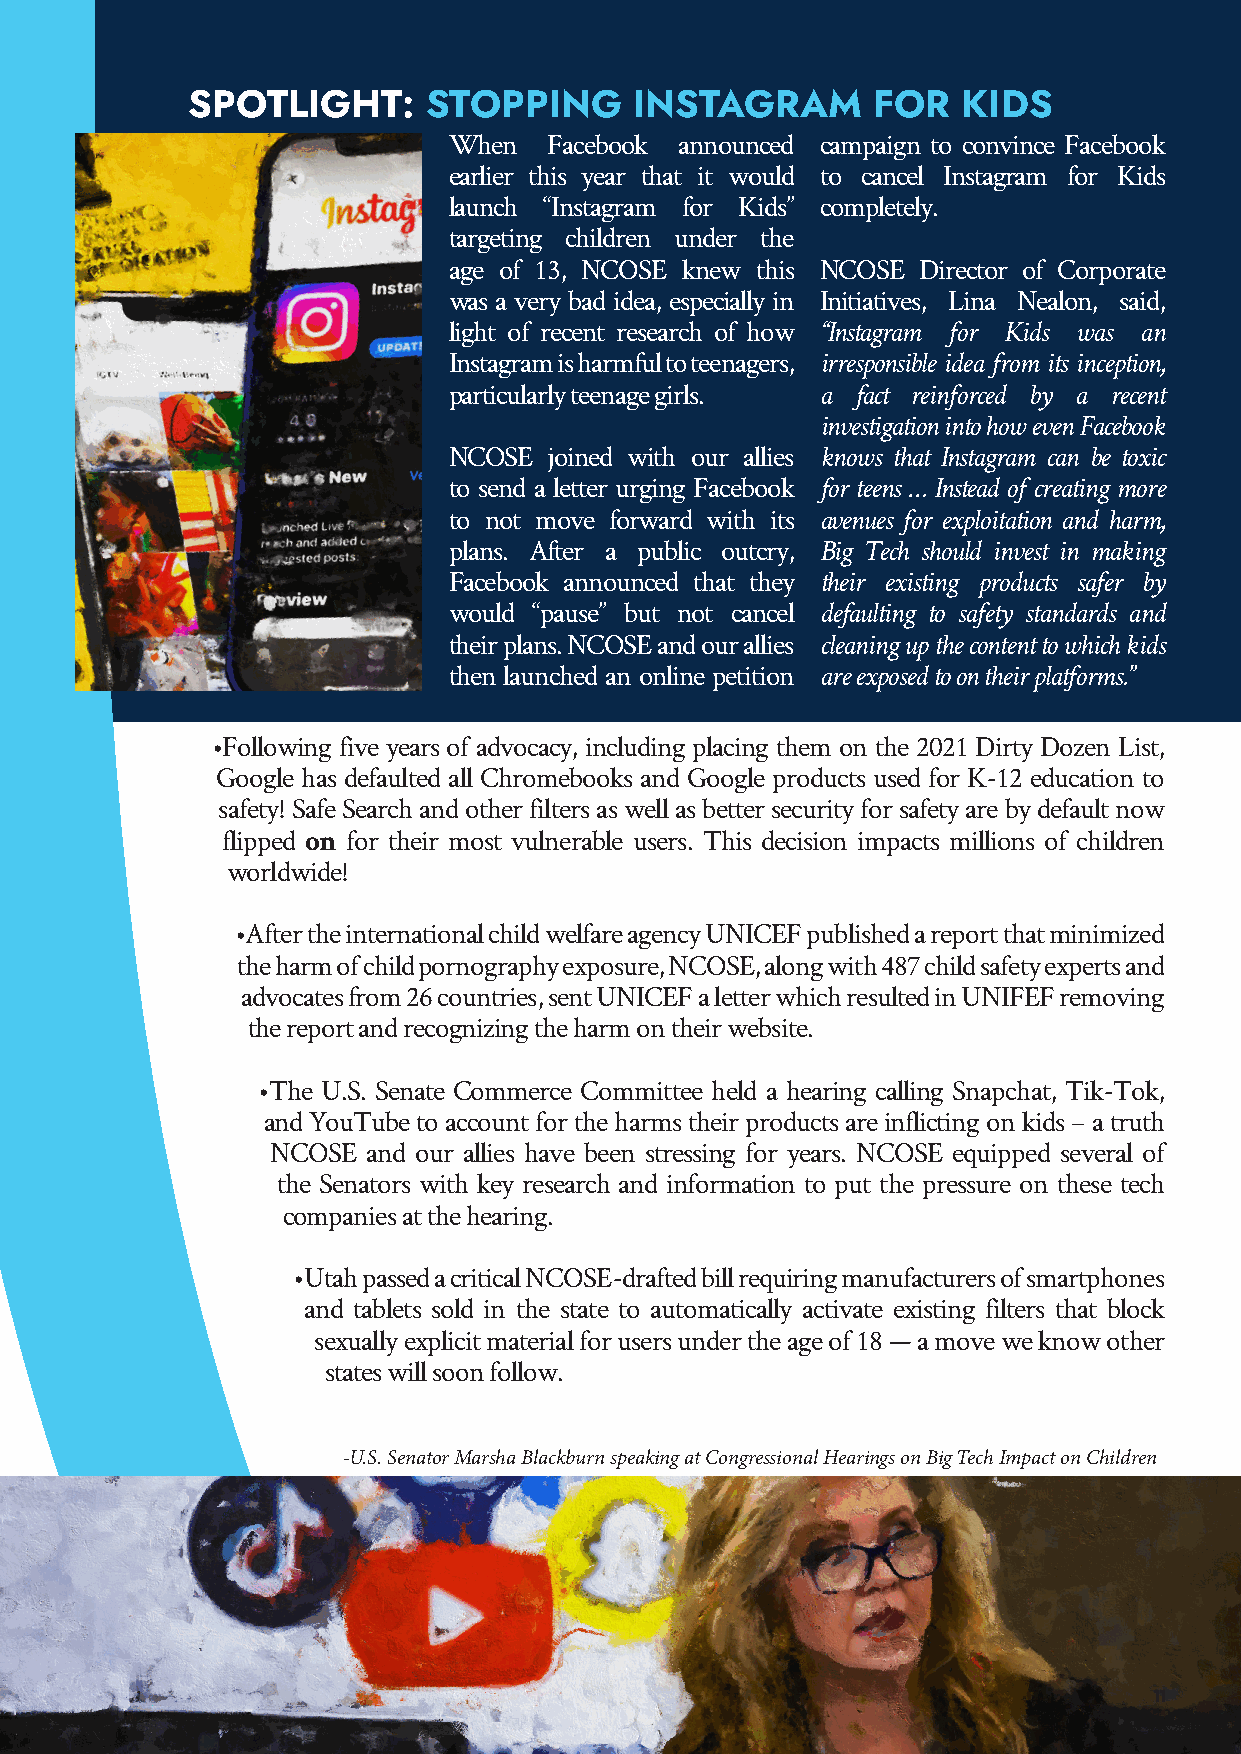
SPOTLIGHT:      STOPPING      INSTAGRAM       FOR   KIDS
 When  Facebook announced campaign to convince Facebook
 earlier this year that it would to cancel Instagram for Kids
 launch “Instagram for Kids” completely.
 targeting children under the
 age of 13, NCOSE knew this NCOSE Director of Corporate
 was a very bad idea, especially in Initiatives, Lina Nealon, said,
 light of recent research of how “Instagram for Kids was an
 Instagram is harmful to teenagers, irresponsible idea from its inception,
 particularly teenage girls. a fact reinforced by a recent
 investigation into how even Facebook
 NCOSE joined with our allies knows that Instagram can be toxic
 to send a letter urging Facebook for teens … Instead of creating more
 to not move forward with its avenues for exploitation and harm,
 plans. After a public outcry, Big Tech should invest in making
 Facebook announced that they their existing products safer by
 would “pause” but not cancel defaulting to safety standards and
 their plans. NCOSE and our allies cleaning up the content to which kids
 then launched an online petition are exposed to on their platforms.”
 •Following five years of advocacy, including placing them on the 2021 Dirty Dozen List,
 Google has defaulted all Chromebooks and Google products used for K-12 education to
 safety! Safe Search and other filters as well as better security for safety are by default now
 flipped for their most vulnerable users. This decision impacts millions of children
 on
 worldwide!
 •After the international child welfare agency UNICEF published a report that minimized
 the harm of child pornography exposure, NCOSE, along with 487 child safety experts and
 advocates from 26 countries, sent UNICEF a letter which resulted in UNIFEF removing
 the report and recognizing the harm on their website.
 •The U.S. Senate Commerce Committee held a hearing calling Snapchat, Tik-Tok,
 and YouTube to account for the harms their products are inflicting on kids – a truth
 NCOSE and our allies have been stressing for years. NCOSE equipped several of
 the Senators with key research and information to put the pressure on these tech
 companies at the hearing.
 •Utah passed a critical NCOSE-drafted bill requiring manufacturers of smartphones
 and tablets sold in the state to automatically activate existing filters that block
 sexually explicit material for users under the age of 18 — a move we know other
 states will soon follow.
 -U.S. Senator Marsha Blackburn speaking at Congressional Hearings on Big Tech Impact on Children
 11